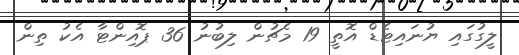
ލީގުގައި ޔުނައިޓެޑް އޮތީ 19 މެޗުން ލިބުނު 36 ޕޮއިންޓާ އެކު ތިން